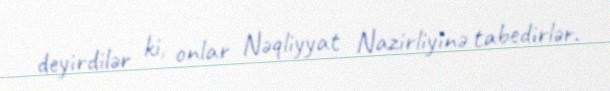
deyirdilər ki, onlar Nəqliyyat Nazirliyinə tabedirlər.